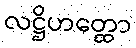
လဋ္ဌိဟတ္ထော